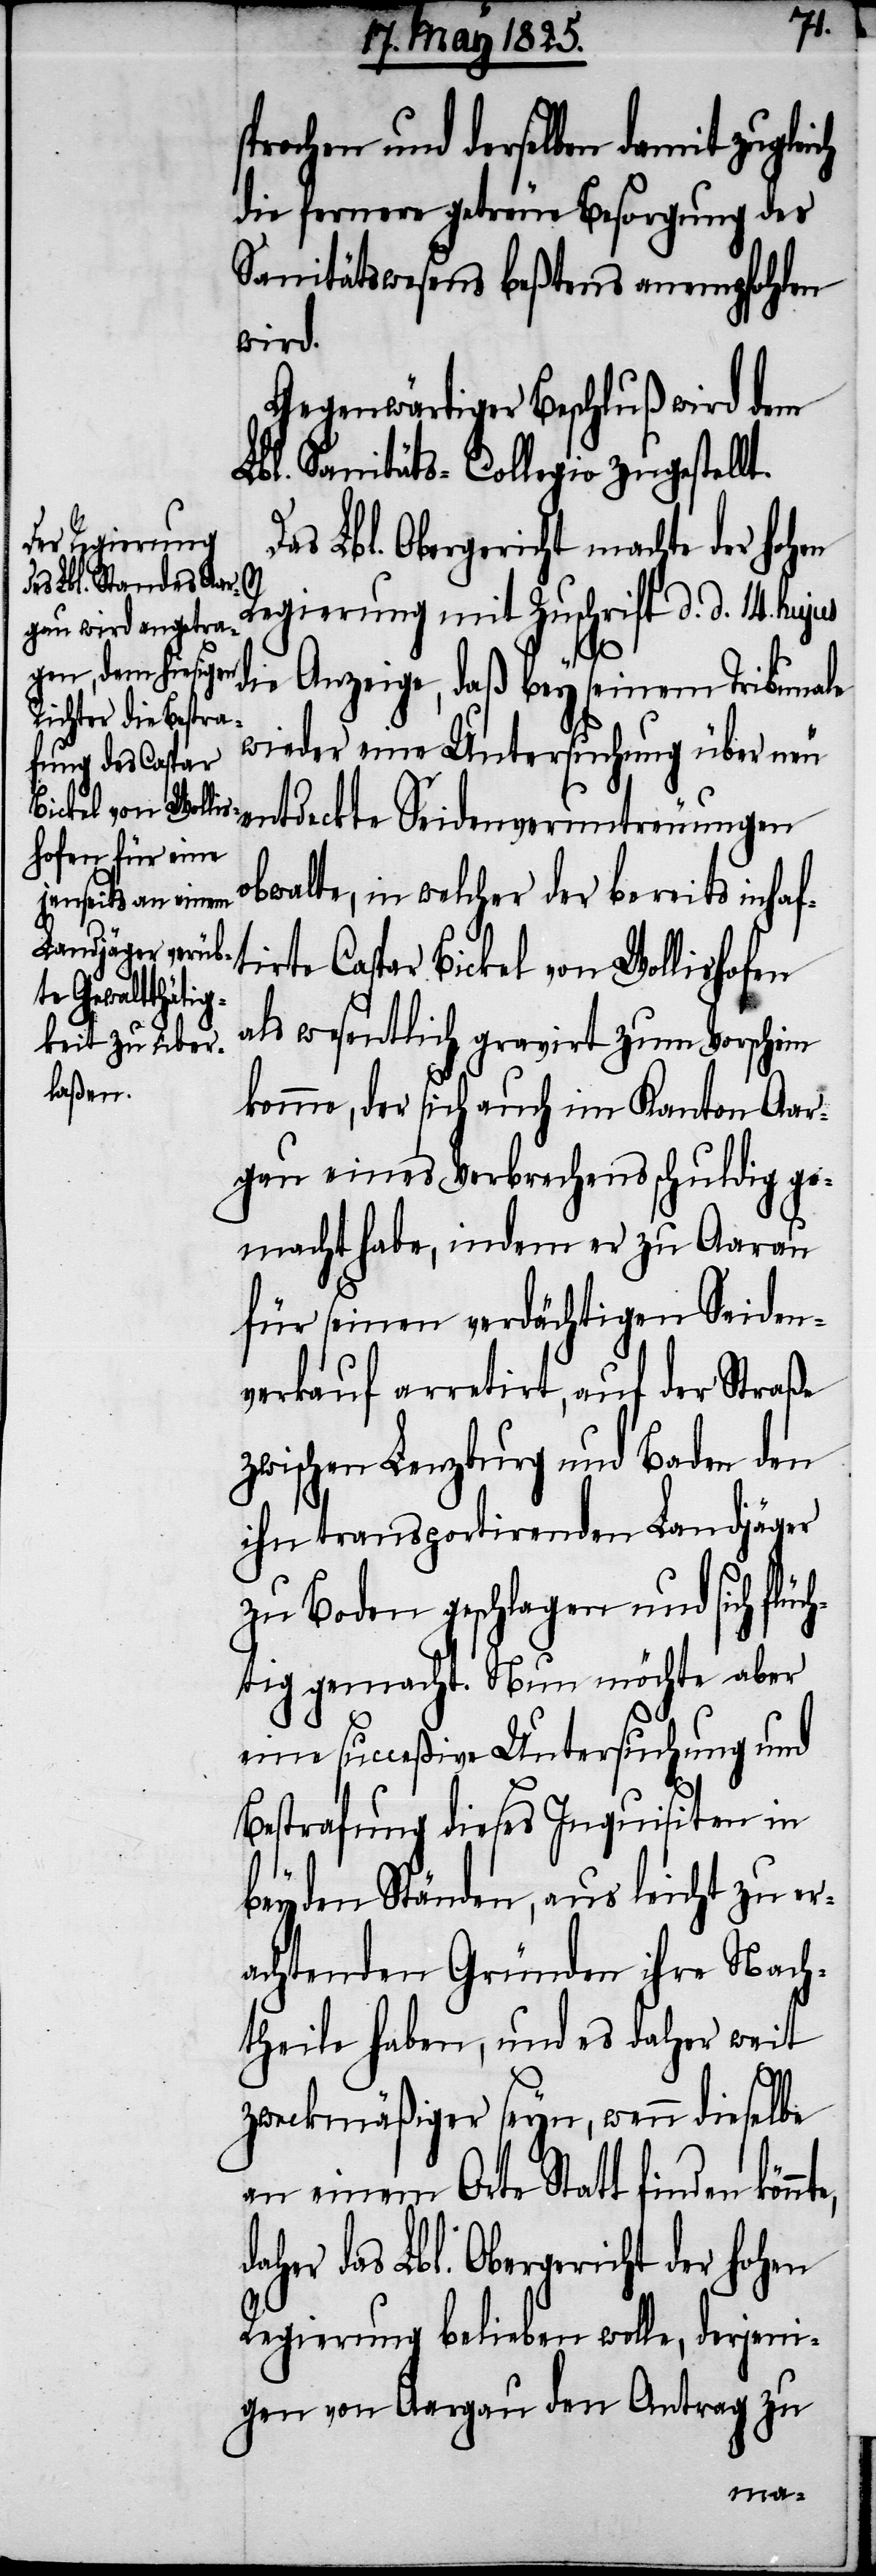
sprochen und derselben damit zuglei¬
die fernere getreue Besorgung des
Sanitätswesens beßtens anempfohlen
wird.
Gegenwärtiger Beschluß wird dem
Lbl. Sanitäts-Collegio zugestellt.
Lbl. Obergericht machte der hoh¬
en
Regierung mit Zuschrift d. d. 14. hujus
die Anzeige, daß bey seinem Tribunale
wieder eine Untersuchung über neu
entdeckte Seidenveruntreuungen
bwalte, in welcher der bereits inhaf¬
tirte Caspar Bickel von Wollishofen
als wesentlich gravirt zum Vorschein
komme, der sich auch im Kanton Aar¬
gau eines Verbrechens schuldig ge¬
macht habe, indem er zu Aarau
für seinen verdächtigen Seiden¬
verkauf arretirt, auf der Straße
zwischen Lenzburg und Baden den
ihn transportirenden Landjäger
zu Boden geschlagen und sich flüc¬
htig gemacht. Nun möchte aber
eine succeßive Untersuchung und
Bestrafung dieses Inquisiten in
beyden Ständen, aus leicht zu er¬
achtenden Gründen ihre Nach¬
theile haben, und es daher weit
zweckmäßiger seyn, wenn dieselbe
an einem Orte Statt finden
das Lbl. Obergericht der hohen
Regierung belieben wolle, derjeni¬
gen von Aargau den Antrag
o¬